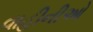
વાહીનીઓ